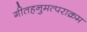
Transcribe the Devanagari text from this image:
गीतहनुमत्पराक्रम